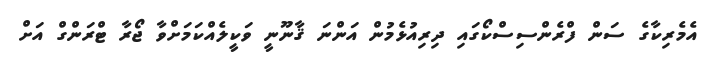
އެމެރިކާގެ ސަން ފްރެންސިސްކޯގައި ދިރިއުޅެމުން އަންނަ ޤާނޫނީ ވަކީލެއްކަމަށްވާ ޖޯރާ ޓްރަންގް އަށް